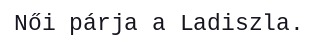
Női párja a Ladiszla.